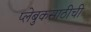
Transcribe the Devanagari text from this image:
प्लेबुकसाठीची